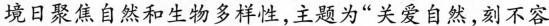
境日聚焦自然和生物多样性，主题为”关爱自然，刻不容